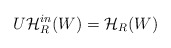
\begin{align*}U\mathcal{H}_{R}^{in}(W)=\mathcal{H}_{R}(W)\end{align*}